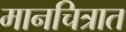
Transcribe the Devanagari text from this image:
मानचित्रात